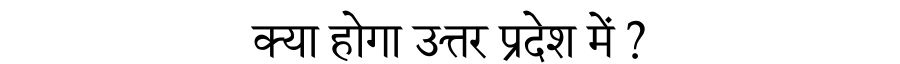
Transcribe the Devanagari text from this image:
क्या होगा उत्तर प्रदेश में ?